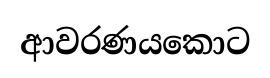
ආවරණයකොට